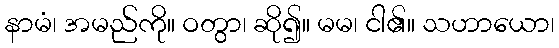
နာမံ၊ အမည်ကို။ ဝတွာ၊ ဆို၍။ မမ၊ ငါ၏။ သဟာယော၊